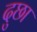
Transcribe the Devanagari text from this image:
दुछा